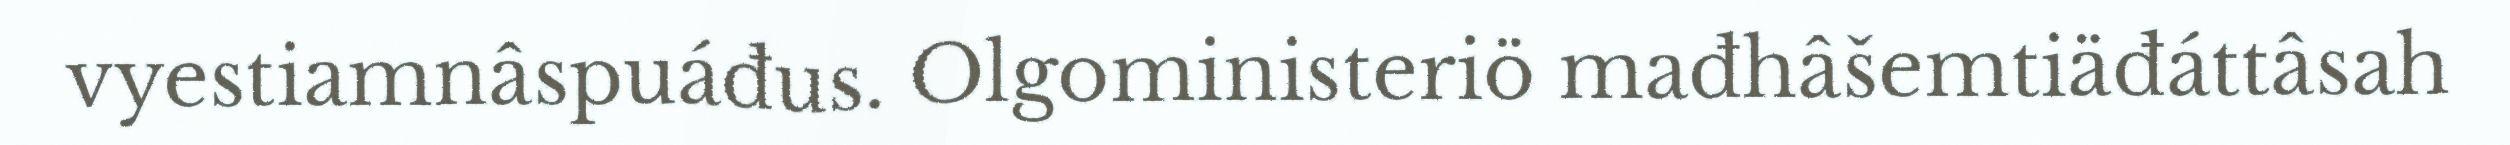
vyestiamnâspuáđus. Olgoministeriö mađhâšemtiäđáttâsah